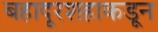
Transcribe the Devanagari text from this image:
बहादूरशहाकडून